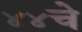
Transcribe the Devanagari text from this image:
४४चे